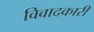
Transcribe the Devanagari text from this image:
विवादकारी